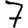
Digit: 7